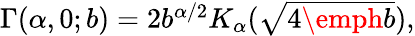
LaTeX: \begin{array}{r}{\Gamma(\alpha,0;b)=2b^{\alpha/2}K_{\alpha}(\sqrt{4\emph{b}}),}\end{array}